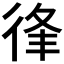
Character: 𢓱